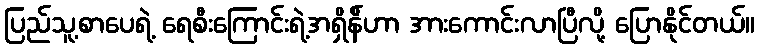
ပြည်သူ့စာပေရဲ့ ရေစီးကြောင်းရဲ့အရှိန်ိဟာ အားကောင်းလာပြီလို့ ပြောနိုင်တယ်။